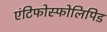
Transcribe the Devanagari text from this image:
एंटिफोस्फोलिपिड